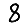
Digit: 8